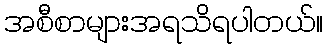
အစီစာများအရသိရပါတယ်။